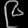
Digit: ၉